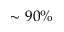
\sim 9 0 \%